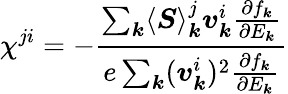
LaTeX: \chi^{ji}=-\frac{\sum_{\boldsymbol{k}}\langle\boldsymbol{S}\rangle_{\boldsymbol{k}}^{j}\boldsymbol{v}_{\boldsymbol{k}}^{i}\frac{\partial f_{\boldsymbol{k}}}{\partial E_{\boldsymbol{k}}}}{e\sum_{\boldsymbol{k}}(\boldsymbol{v}_{\boldsymbol{k}}^{i})^{2}\frac{\partial f_{\boldsymbol{k}}}{\partial E_{\boldsymbol{k}}}}